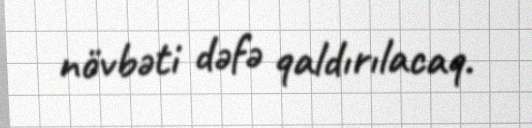
növbəti dəfə qaldırılacaq.